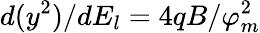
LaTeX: d(y^{2})/dE_{l}=4qB/\varphi_{m}^{2}